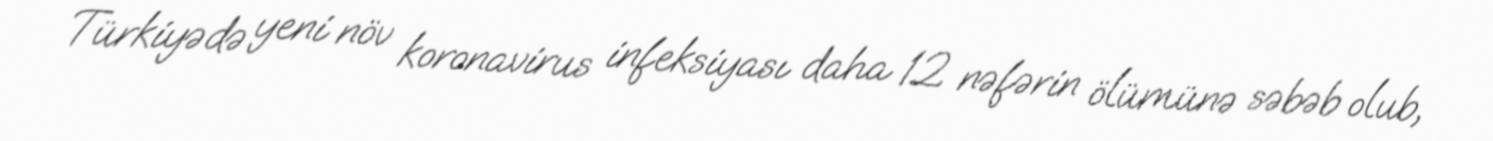
Türkiyədə yeni növ koronavirus infeksiyası daha 12 nəfərin ölümünə səbəb olub,